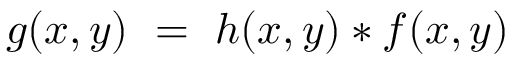
g ( x , y ) ~ = ~ h ( x , y ) * f ( x , y )